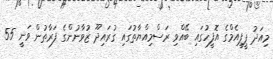
މިއަދު ޕީޕީއެމްގެ އޮފީހުގައި ބޭއްވި ރަސްމިއްޔާތުގައި ގުރައިދޫ ޒުވާނުންގެ ފަރާތުން ވަނީ 55